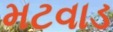
મટવાડ